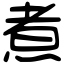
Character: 煮